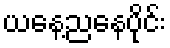
ယနေ့ညနေပိုင်း